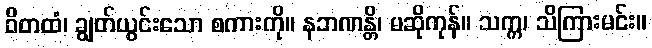
ဝိတထံ၊ ချွတ်ယွင်းသော စကားကို။ နဘဏန္တိ၊ မဆိုကုန်။ သက္က၊ သိကြားမင်း။